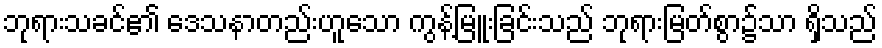
ဘုရားသခင်၏ ဒေသနာတည်းဟူသော ကွန့်မြူးခြင်းသည် ဘုရားမြတ်စွာ၌သာ ရှိသည်